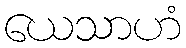
ယေသာဟံ